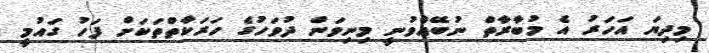
މިދިޔަ އަހަރު އެ މުބާރާތް ނުބޭއްވުނީ މިނިވަން ދުވަހުގެ ހަރަކާތްތަކަށް ފަހު ގައުމީ